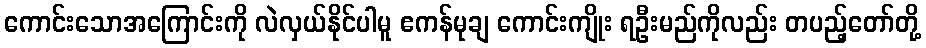
ကောင်းသောအကြောင်းကို လဲလှယ်နိုင်ပါမူ ဧကန်မုချ ကောင်းကျိုး ရဦးမည်ကိုလည်း တပည့်တော်တို့